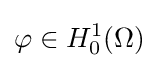
\varphi \in H_{0}^{1}(\Omega )